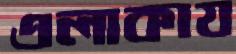
এলাকায